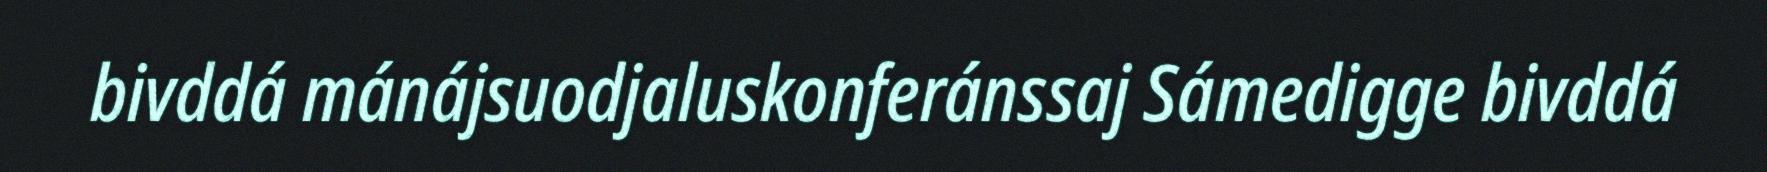
bivddá mánájsuodjaluskonferánssaj Sámedigge bivddá